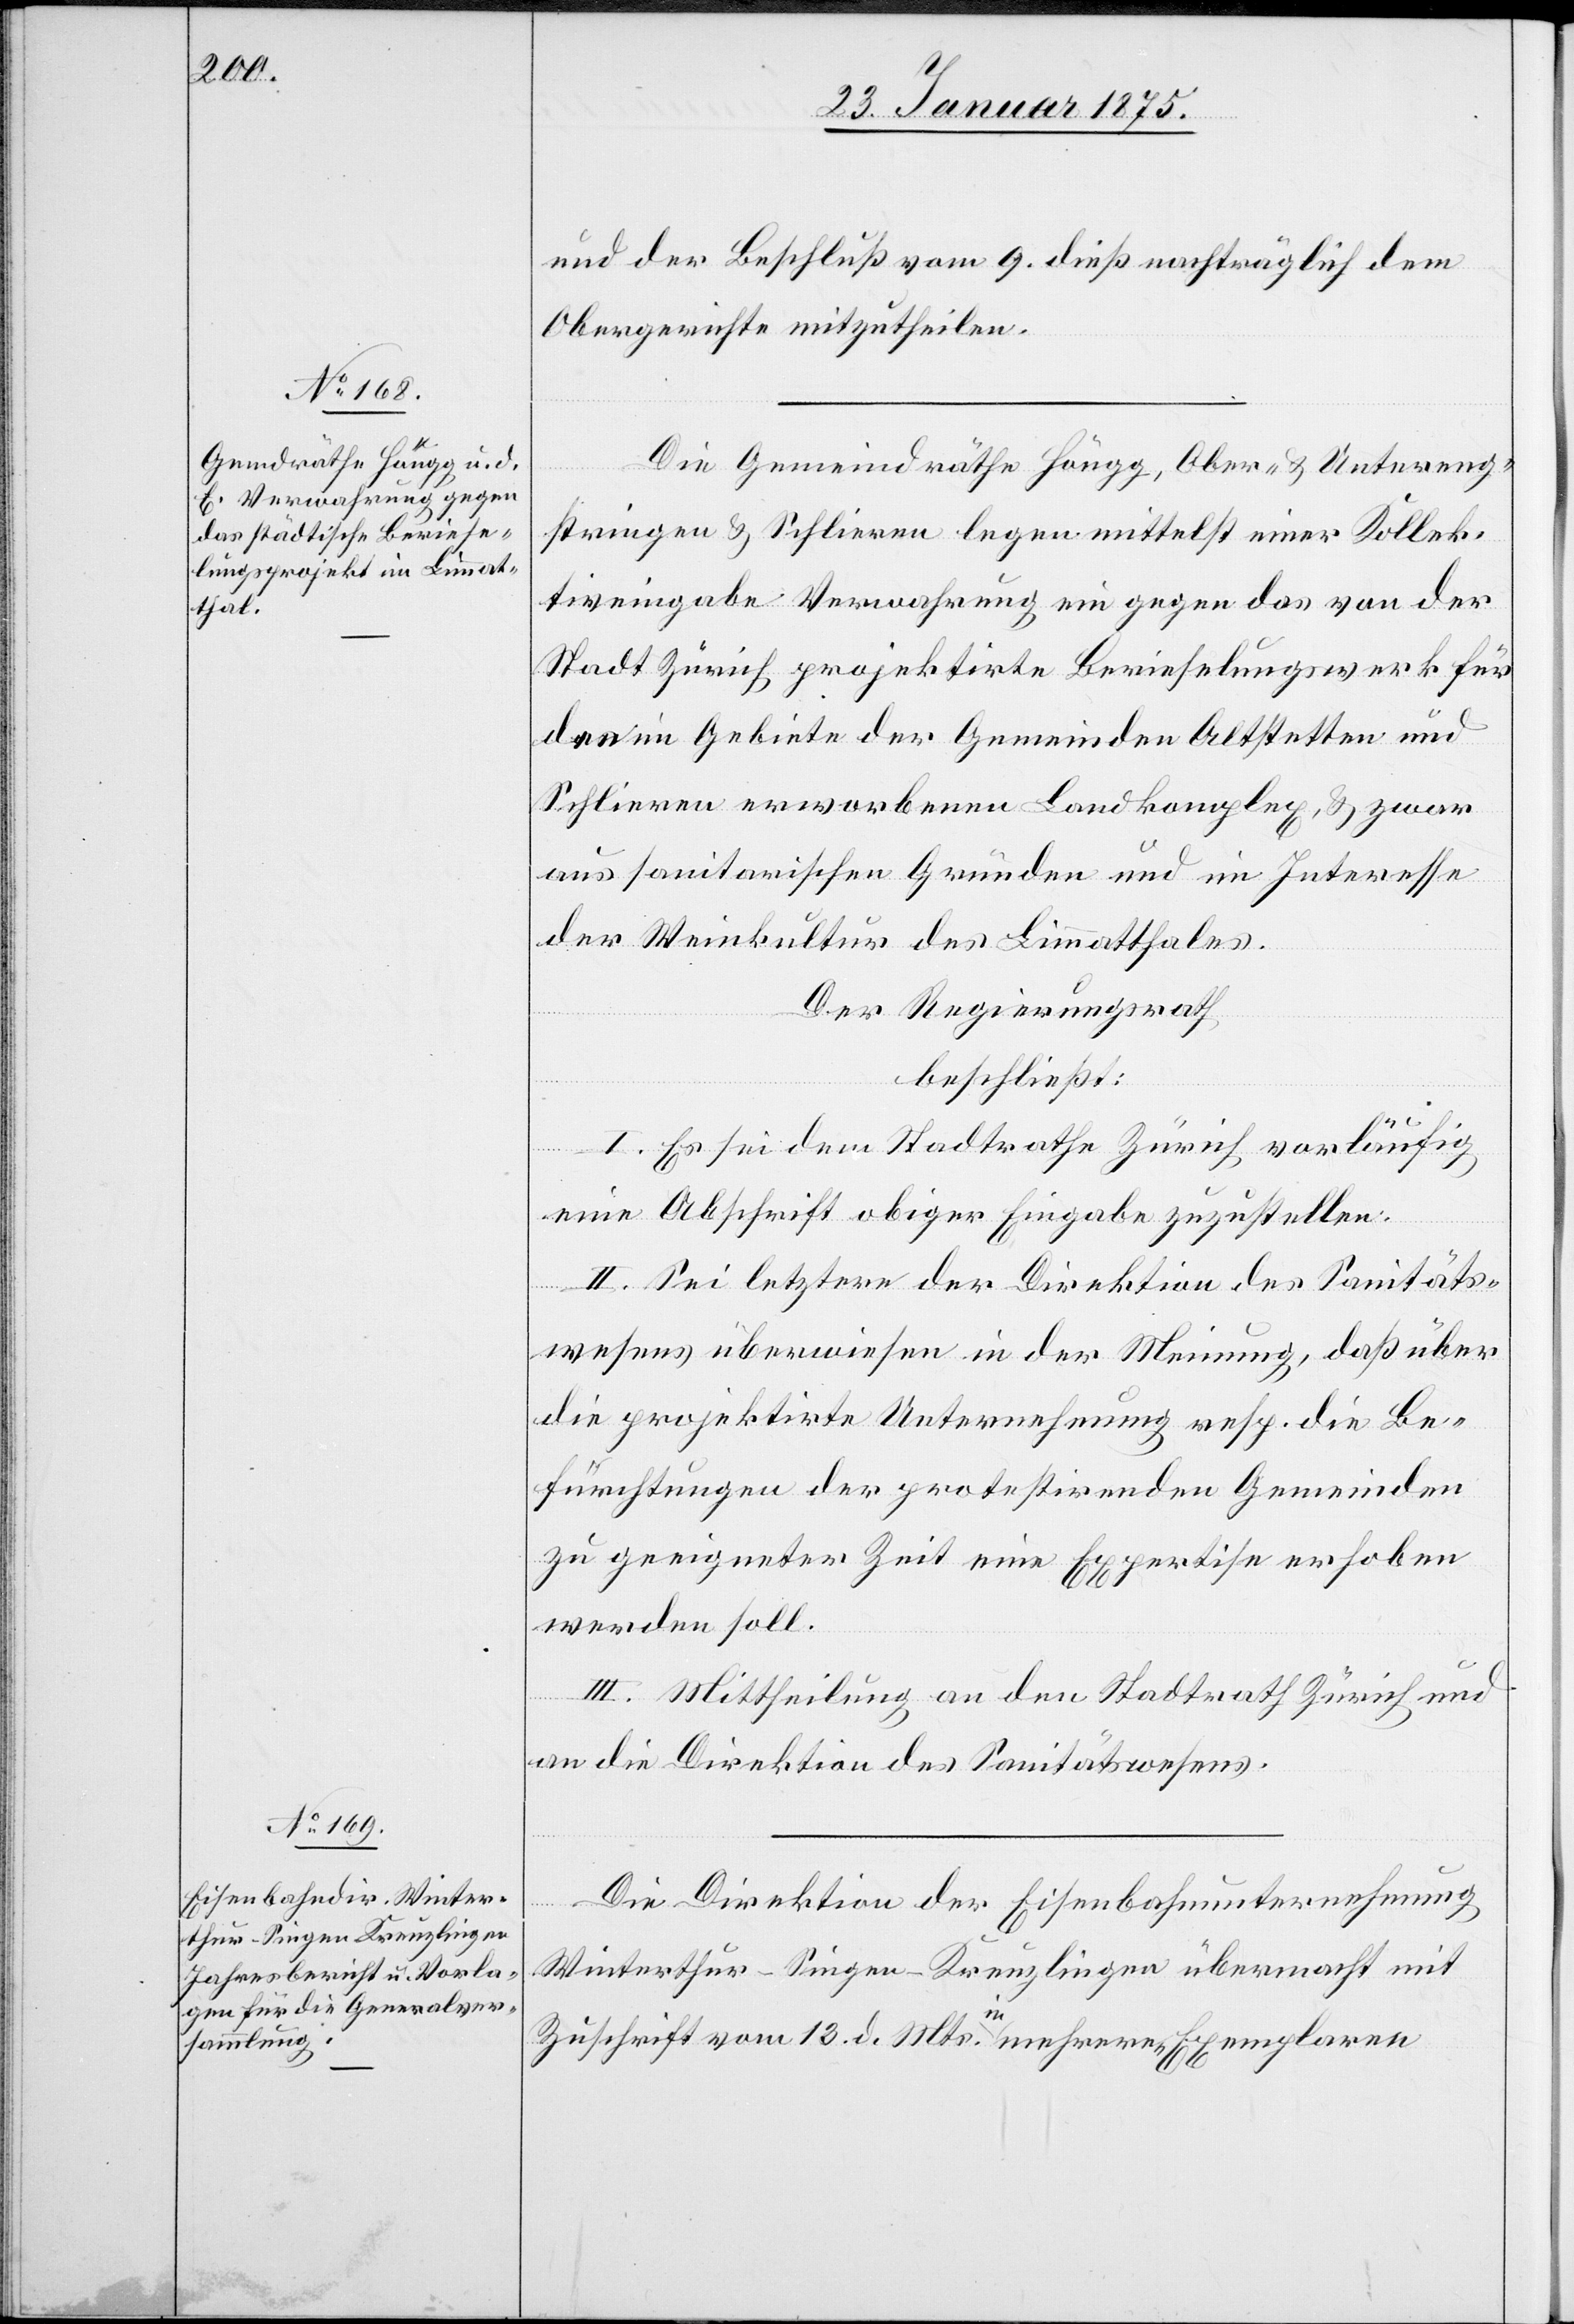
und der Beschluß vom 9. dieß nachträglich dem
Obergerichte mitzutheilen.
Die Gemeindräthe Höngg, Ober- & Untereng¬
stringen & Schlieren legen mittelst einer Kollek¬
tiveingabe Verwahrung ein gegen das von der
Stadt Zürich projektirte Berieselungswerk für
den im Gebiete der Gemeinden Altstetten und
Schlieren erworbenen Landkomplex, & zwar
aus sanitarischen Gründen und im Interesse
der Weinkultur des Limmatthales.
Der Regierungsrath
beschließt:
I. Es sei dem Stadtrathe Zürich vorläufig
eine Abschrift obiger Eingabe zuzustellen.
II. Sei letztere der Direktion des Sanitäts¬
wesens überwiesen in der Meinung, daß über
die projektirte Unternehmung resp. die Be¬
fürchtungen der protestirenden Gemeinden
zu geeigneter Zeit eine Expertise erhoben
werden soll.
III. Mittheilung an den Stadtrath Zürich und
an die Direktion des Sanitätswesens.
Die Direktion der Eisenbahnunternehmung
Winterthur–Singen–Kreuzlingen übermacht mit
Zuschrift vom 13. d. Mts. a-in-a mehreren Exemplaren